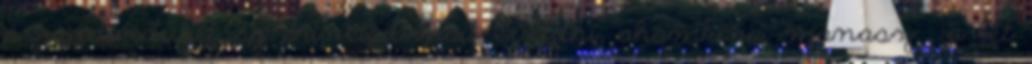
az individuáltság princípiumait buddhi, ahamkára, manasz , a lét